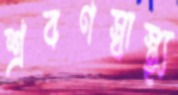
শ্রবণস্বাস্থ্য